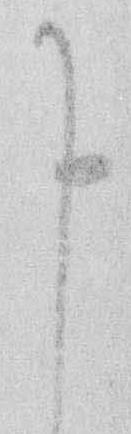
申